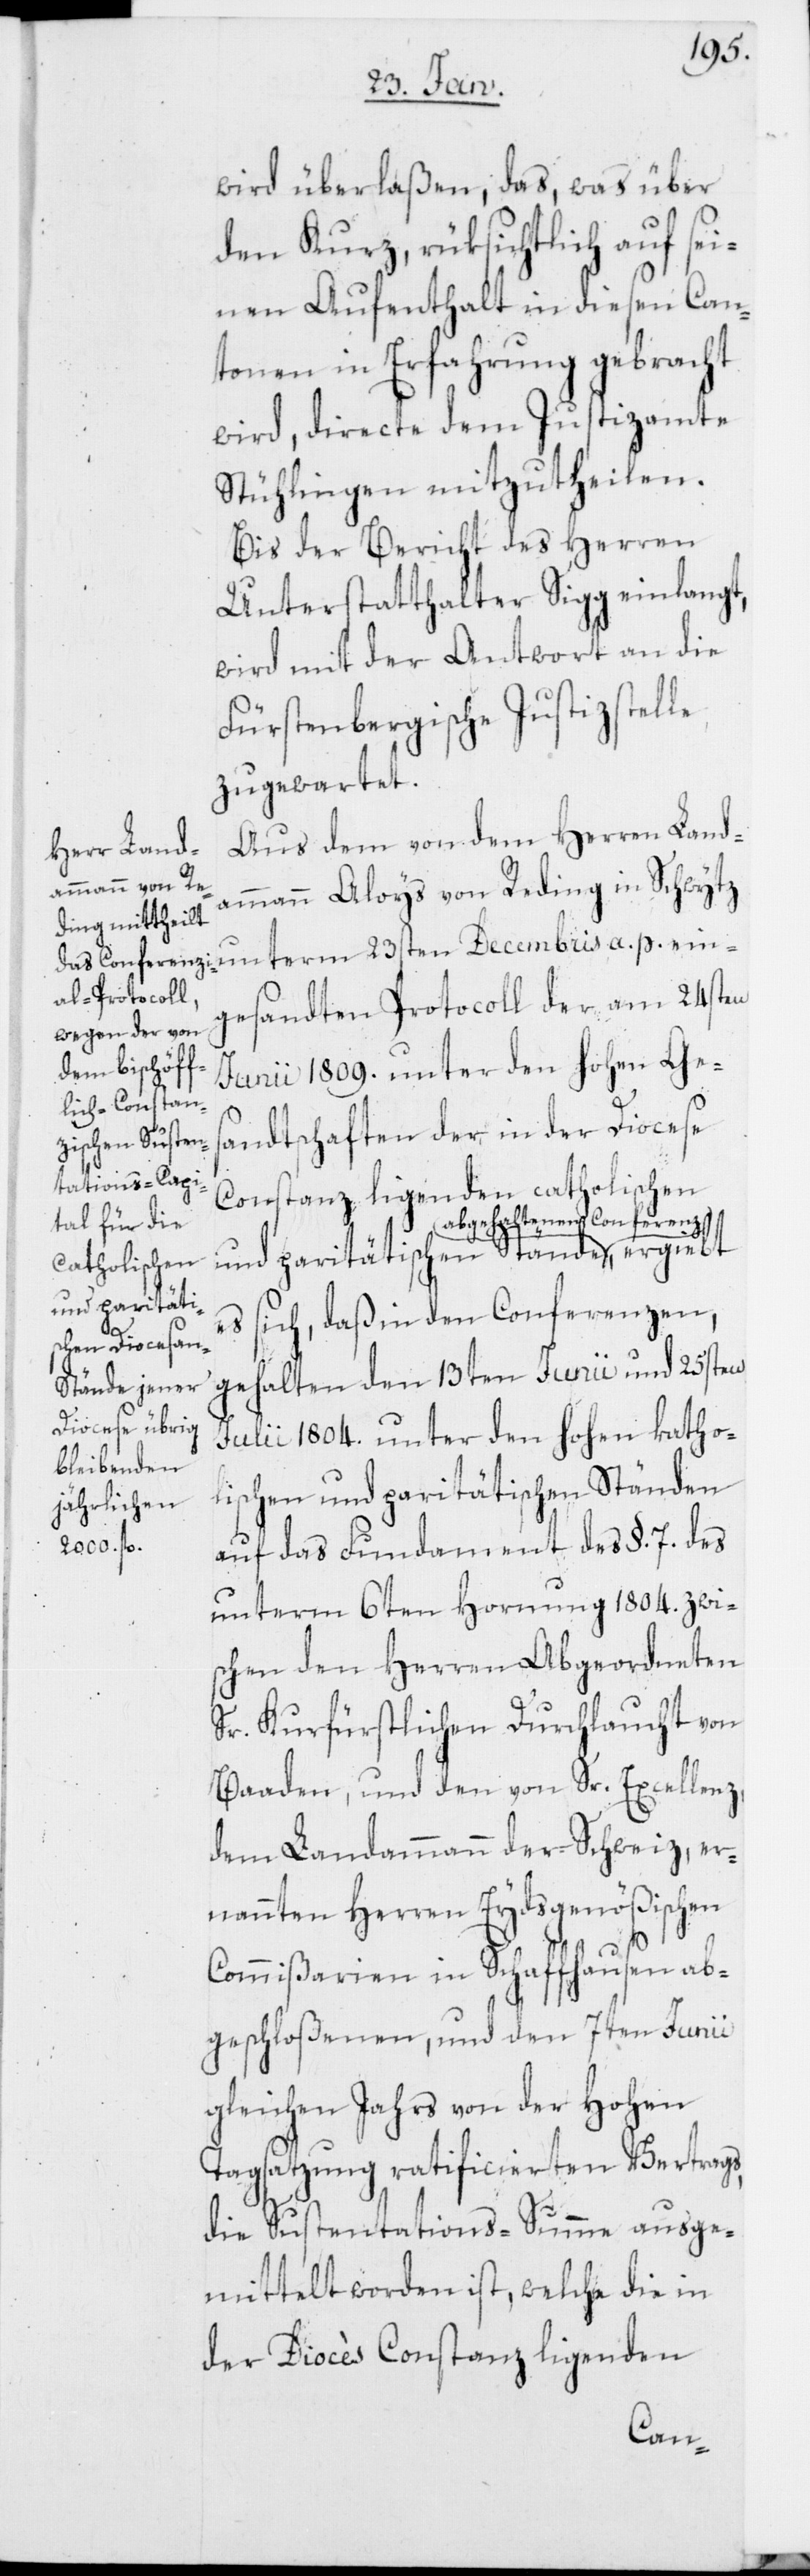
wird überlaßen, das, was über
den Kurz, rüksichtlich auf sei¬
nen Aufenthalt in diesen Can¬
tonen in Erfahrung gebracht
wird, directe dem Justizamte
Stühlingen mitzutheilen.
Bis der Bericht des Herren
Unterstatthalter Sigg einlangt,
wird mit der Antwort an die
Fürstenbergische Justizstelle
zugewartet.
Aus dem von dem Herren Land¬
ammann Aloys von Reding in Schwytz
gesandten Protocoll der am 24sten
Junii 1809. unter den hohen Ges¬
andtschaften der in der Diocese
Constanz ligenden catholischen
abgehaltenen Conferenz,
und paritäti¬
es sich, daß in den Conferenzen,
gehalten den 13ten Junii und 25sten
Julii 1804. unter den hohen katho¬
lischen und paritätischen Ständen
auf das Fundament des §. 7. des
unterm 6ten Hornung 1804. zwi¬
schen den Herren Abgeordneten
schen
Sr. Kurfürstlichen Durchlaucht von
Baaden, und den von Sr. Excellenz,
dem Landammann der Schweiz, er¬
nannten Herren Eydsgenößischen
Commißarien in Schaffhausen ab¬
geschloßenen, und den 7ten Junii
gleichen Jahres von der Hohen
Tagsatzung ratificierten Vertrags,
die Sustentations-Summe ausge¬
mittelt worden ist, welche die in
der Diocès Constanz ligenden